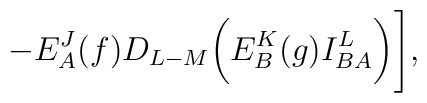
-E^J_A(f)D_{L-M}\biggl(E^K_B(g)I^L_{BA}\biggr)\Biggr],